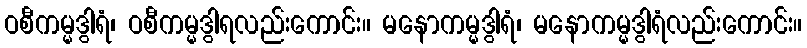
ဝစီကမ္မဒွါရံ၊ ဝစီကမ္မဒွါရလည်းကောင်း။ မနောကမ္မဒွါရံ၊ မနောကမ္မဒွါရံလည်းကောင်း။